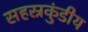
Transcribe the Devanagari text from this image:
सहस्रकुंडीय